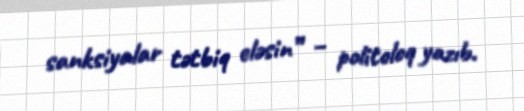
sanksiyalar tətbiq eləsin” – politoloq yazıb.